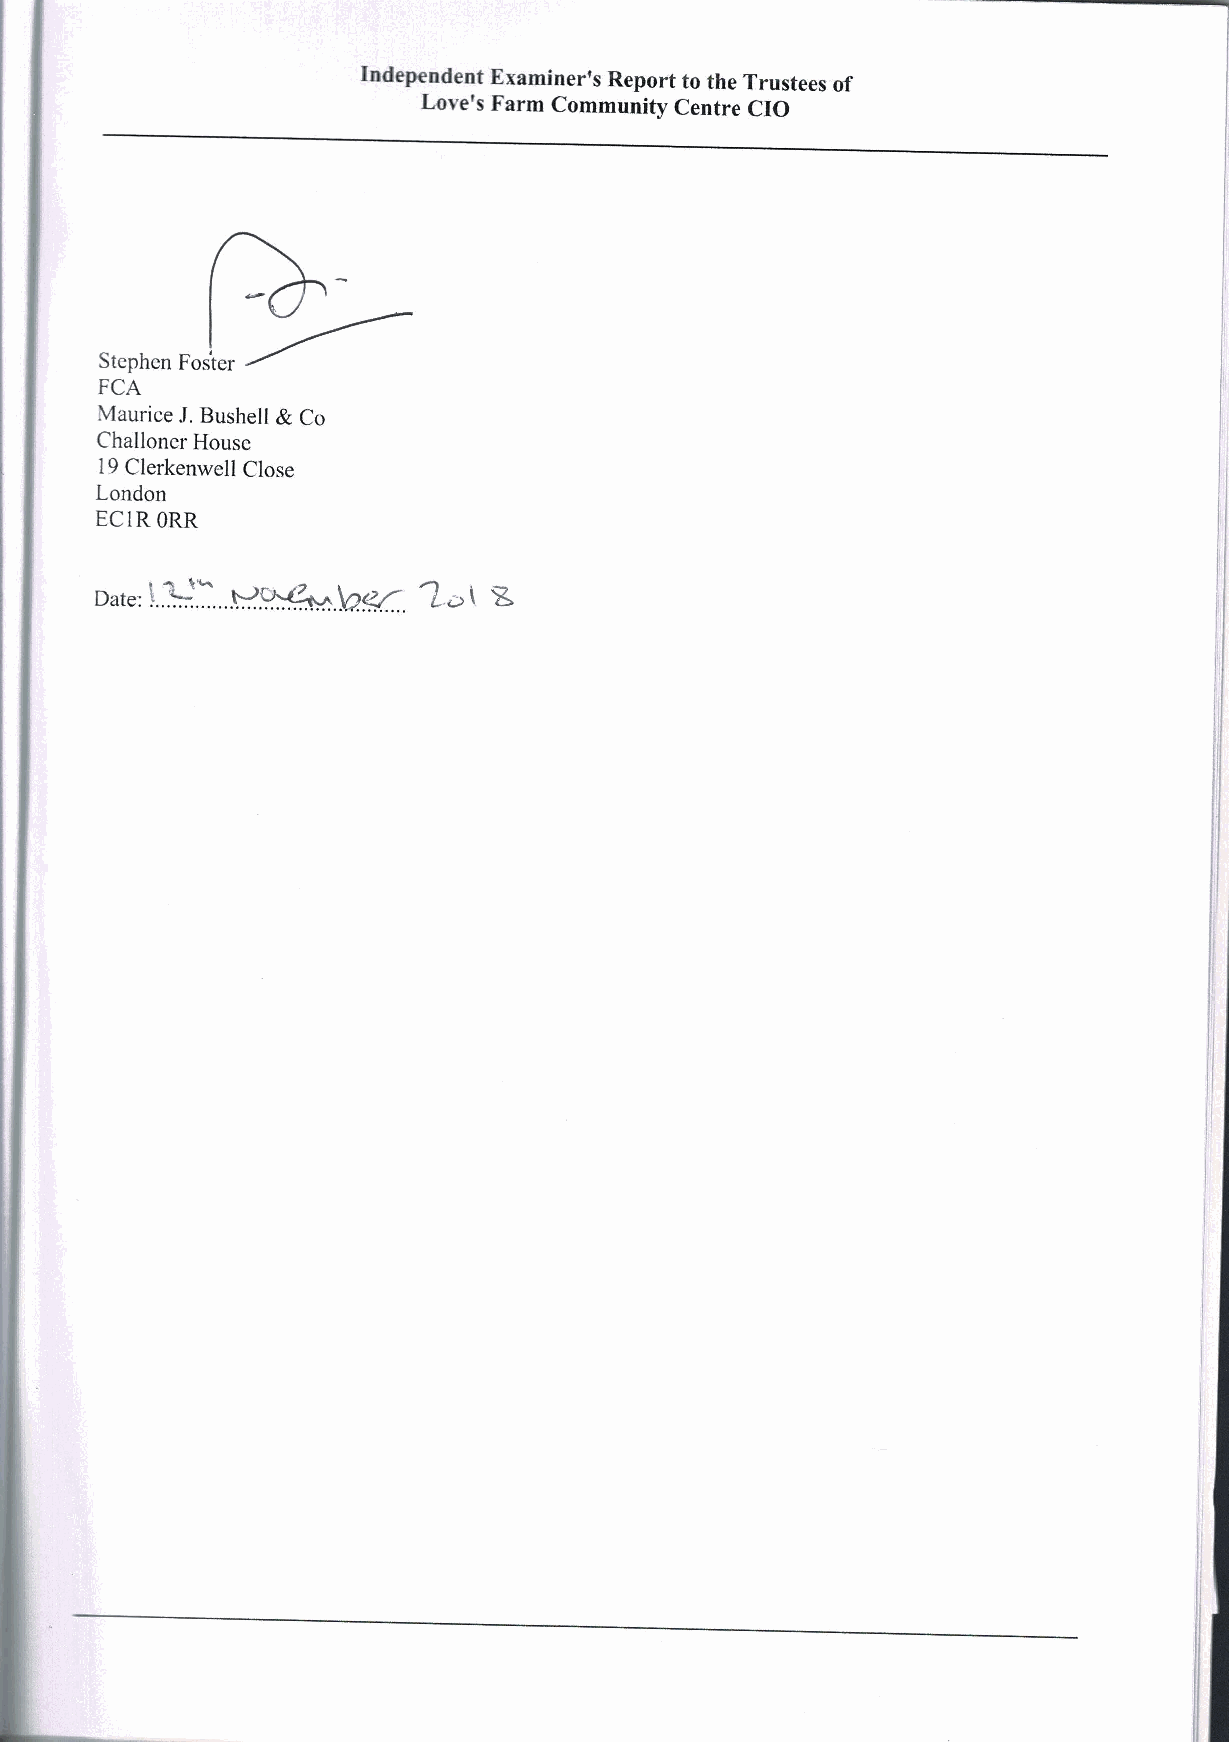
Independent Examiner's Report to the Trustees of
 Love's Farm Community Centre CIO
 Stephen Foster
 FCA
 Maurice J.Bushell &Co
 Challoncr House
 19Clerkenwell Close
 London
 EC1RORR